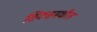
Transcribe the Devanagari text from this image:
सिक्समधील